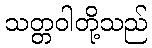
သတ္တဝါတို့သည်